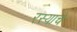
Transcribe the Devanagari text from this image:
रस्याचे